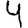
Digit: 4